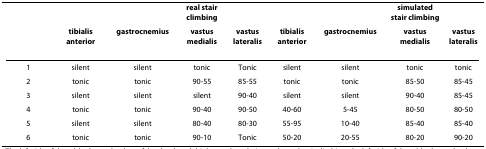
<table><thead><tr><td></td><td></td><td></td><td><b>real stair climbing</b></td><td></td><td></td><td></td><td><b>simulated stair climbing</b></td><td></td></tr><tr><td></td><td><b>tibialis anterior</b></td><td><b>gastrocnemius</b></td><td><b>vastus medialis</b></td><td><b>vastus lateralis</b></td><td><b>tibialis anterior</b></td><td><b>gastrocnemius</b></td><td><b>vastus medialis</b></td><td><b>vastus lateralis</b></td></tr></thead><tbody><tr><td>1</td><td>silent</td><td>silent</td><td>tonic</td><td>Tonic</td><td>silent</td><td>silent</td><td>tonic</td><td>tonic</td></tr><tr><td>2</td><td>tonic</td><td>tonic</td><td>90-55</td><td>85-55</td><td>tonic</td><td>tonic</td><td>85-50</td><td>85-45</td></tr><tr><td>3</td><td>silent</td><td>silent</td><td>silent</td><td>90-40</td><td>silent</td><td>silent</td><td>90-40</td><td>85-45</td></tr><tr><td>4</td><td>tonic</td><td>tonic</td><td>90-40</td><td>90-50</td><td>40-60</td><td>5-45</td><td>80-50</td><td>80-50</td></tr><tr><td>5</td><td>silent</td><td>silent</td><td>80-40</td><td>80-30</td><td>55-95</td><td>10-40</td><td>85-40</td><td>85-40</td></tr><tr><td>6</td><td>tonic</td><td>tonic</td><td>90-10</td><td>Tonic</td><td>50-20</td><td>20-55</td><td>80-20</td><td>90-20</td></tr></tbody></table>